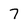
Character: 7